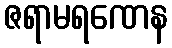
ဇရာမရဏေန